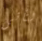
لتأتى